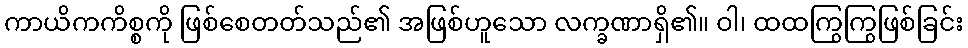
ကာယိကကိစ္စကို ဖြစ်စေတတ်သည်၏ အဖြစ်ဟူသော လက္ခဏာရှိ၏။ ဝါ၊ ထထကြွကြွဖြစ်ခြင်း